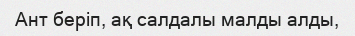
Ант беріп, ақ салдалы малды алды,